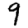
Digit: 9